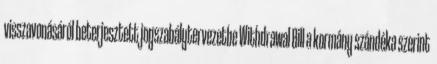
visszavonásáról beterjesztett jogszabálytervezetbe Withdrawal Bill a kormány szándéka szerint